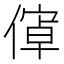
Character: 𬿝